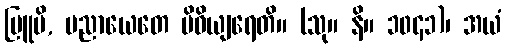
ဗြူမိ, ပညာယေတေ ပိဓိယျရေတိ။ (သု။ နိ။ ၁၀၄၁)၊ အယံ